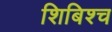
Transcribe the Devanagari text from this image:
शिबिश्च